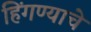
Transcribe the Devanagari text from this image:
हिंगण्याचे